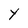
Character: Y